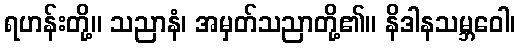
ရဟန်းတို့။ သညာနံ၊ အမှတ်သညာတို့၏။ နိဒါနသမ္ဘဝေါ၊